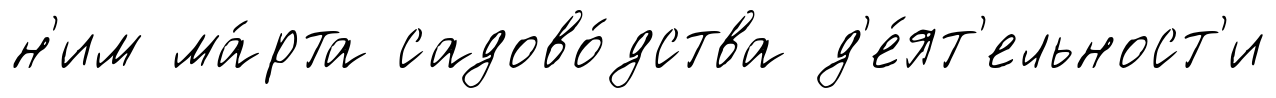
н'им ма́рта садово́дства д'е́ят'ельност'и